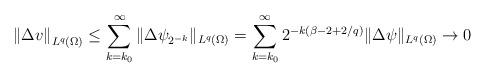
LaTeX: \begin{align*}&\left\|\Delta v\right\|_{L^q(\Omega)} \leq \sum\limits_{k = k_0}^\infty\|\Delta\psi_{2^{-k}}\|_{L^q(\Omega)} = \sum\limits_{k = k_0}^\infty2^{-k(\beta-2+2/q)}\|\Delta\psi\|_{L^q(\Omega)} \rightarrow 0\end{align*}